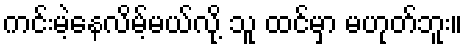
ကင်းမဲ့နေလိမ့်မယ်လို့ သူ ထင်မှာ မဟုတ်ဘူး။